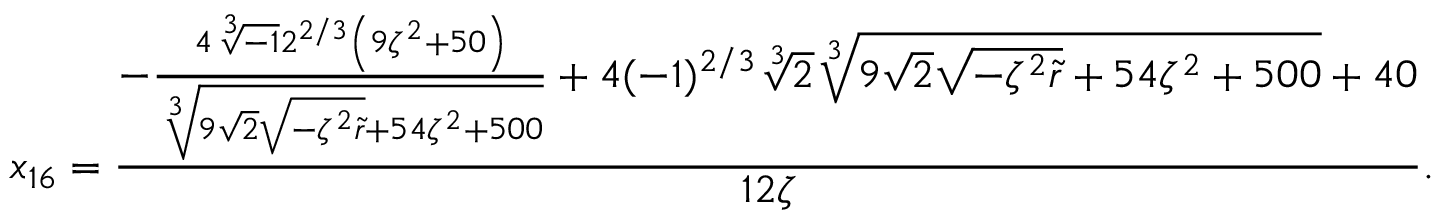
x _ { 1 6 } = \frac { - \frac { 4 \sqrt [ 3 ] { - 1 } 2 ^ { 2 / 3 } \left( 9 \zeta ^ { 2 } + 5 0 \right) } { \sqrt [ 3 ] { 9 \sqrt { 2 } \sqrt { - \zeta ^ { 2 } \tilde { r } } + 5 4 \zeta ^ { 2 } + 5 0 0 } } + 4 ( - 1 ) ^ { 2 / 3 } \sqrt [ 3 ] { 2 } \sqrt [ 3 ] { 9 \sqrt { 2 } \sqrt { - \zeta ^ { 2 } \tilde { r } } + 5 4 \zeta ^ { 2 } + 5 0 0 } + 4 0 } { 1 2 \zeta } .